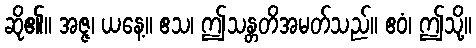
ဆို၏။ အဇ္ဇ၊ ယနေ့။ ဧသ၊ ဤသန္တတိအမတ်သည်။ ဧဝံ၊ ဤသို့။